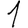
Digit: 1